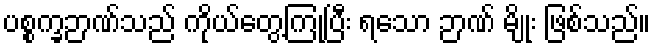
ပစ္စက္ခဉာဏ်သည် ကိုယ်တွေ့ကြုံပြီး ရသော ဉာဏ် မျိုး ဖြစ်သည်။